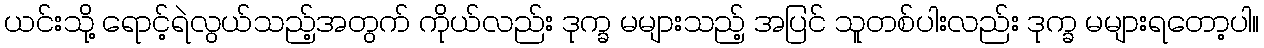
ယင်းသို့ ရောင့်ရဲလွယ်သည့်အတွက် ကိုယ်လည်း ဒုက္ခ မများသည့် အပြင် သူတစ်ပါးလည်း ဒုက္ခ မများရတော့ပါ။